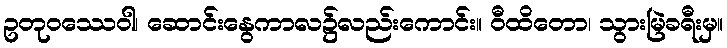
ဥတုဝဿေဝါ၊ ဆောင်းနွေကာလ၌လည်းကောင်း။ ဝီထိတော၊ သွားမြဲခရီးမှ။